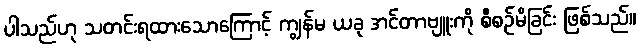
ပါသည်ဟု သတင်းရထားသောကြောင့် ကျွန်မ ယခု အင်တာဗျူးကို စီစဉ်မိခြင်း ဖြစ်သည်။